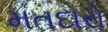
મતદારો